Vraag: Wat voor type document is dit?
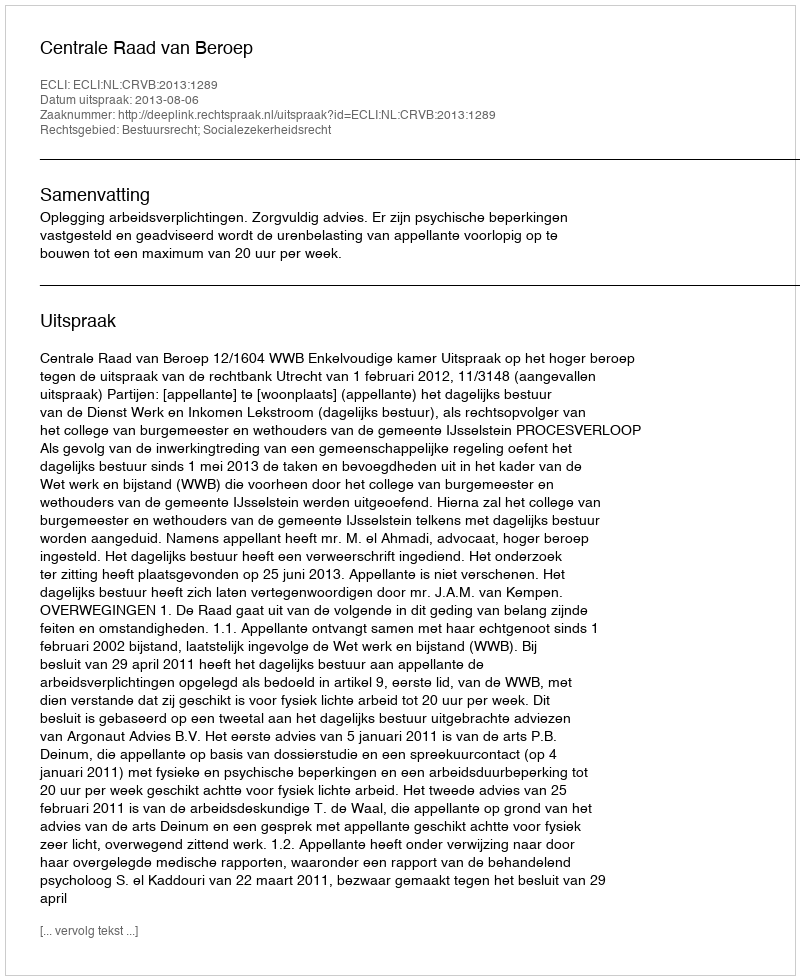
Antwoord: Uitspraak